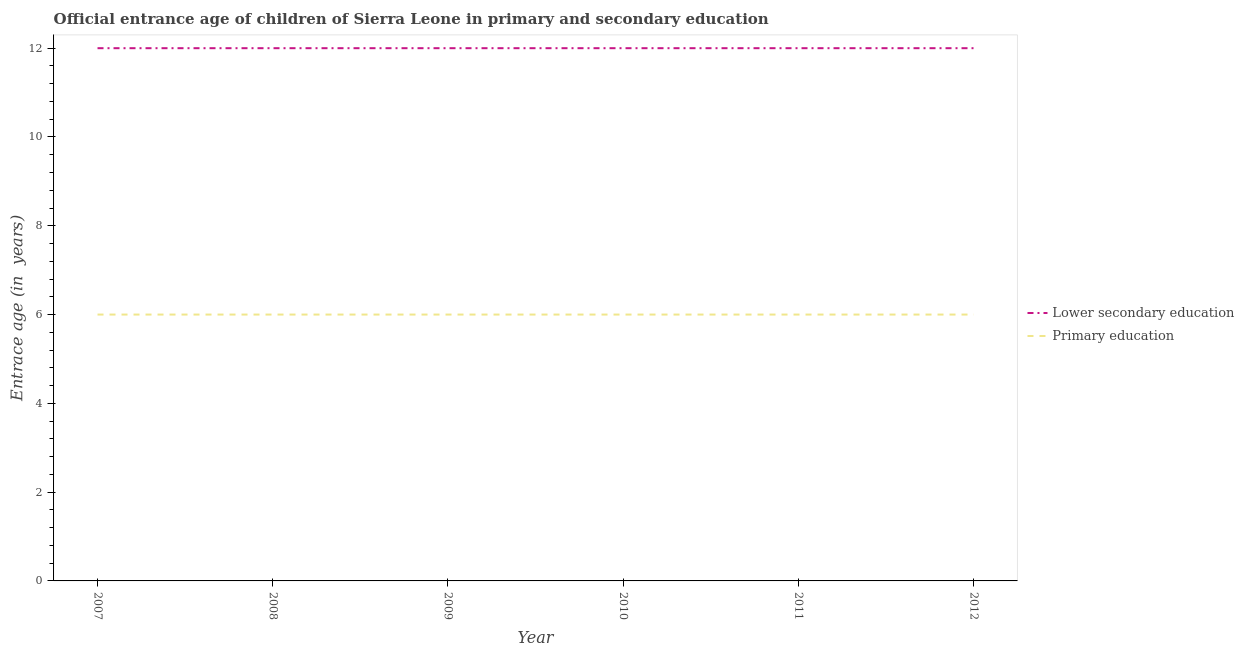
| Year | Lower secondary education | Primary education |
 | --- | --- | --- |
 | 2007 | 12 | 6 |
 | 2008 | 12 | 6 |
 | 2009 | 12 | 6 |
 | 2010 | 12 | 6 |
 | 2011 | 12 | 6 |
 | 2012 | 12 | 6 |